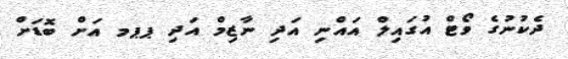
ދެެެކުނުގެ ވޯޓް އުގައިލް އައްނި އަދި ނާޒިމް އަދި ޕޕމ އަށް ބޮޑަށް